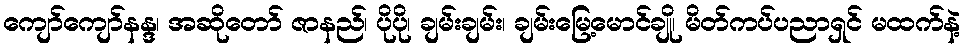
ကျော်ကျော်နန္ဒ၊ အဆိုတော် ဇာနည်၊ ပိုပို၊ ချမ်းချမ်း၊ ချမ်းမြေ့မောင်ချို၊ မိတ်ကပ်ပညာရှင် မထက်နဲ့